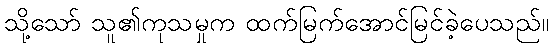
သို့သော် သူ၏ကုသမှုက ထက်မြက်အောင်မြင်ခဲ့ပေသည်။